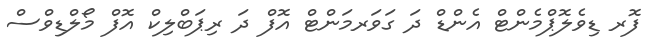
ފޮރ ޑިވެލޮޕްމެންޓް އެންޑް ދަ ގަވަރމަންޓް އޮފް ދަ ރިޕަބްލިކް އޮފް މޯލްޑިވްސް